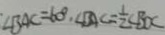
\cdot \angle B A C = 6 0 ^ { \circ } , \angle B A C = \frac { 1 } { 2 } \angle B O C